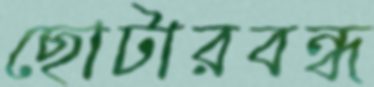
ছোটারবন্ধ